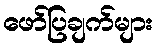
ဖော်ပြချက်များ